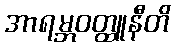
အာရမ္ဘဝတ္ထူနီတိ